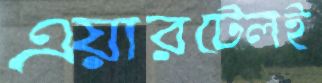
এয়ারটেলই